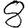
Digit: 8